ELKNU_Lihula_Rajoonikomitee, lk 7
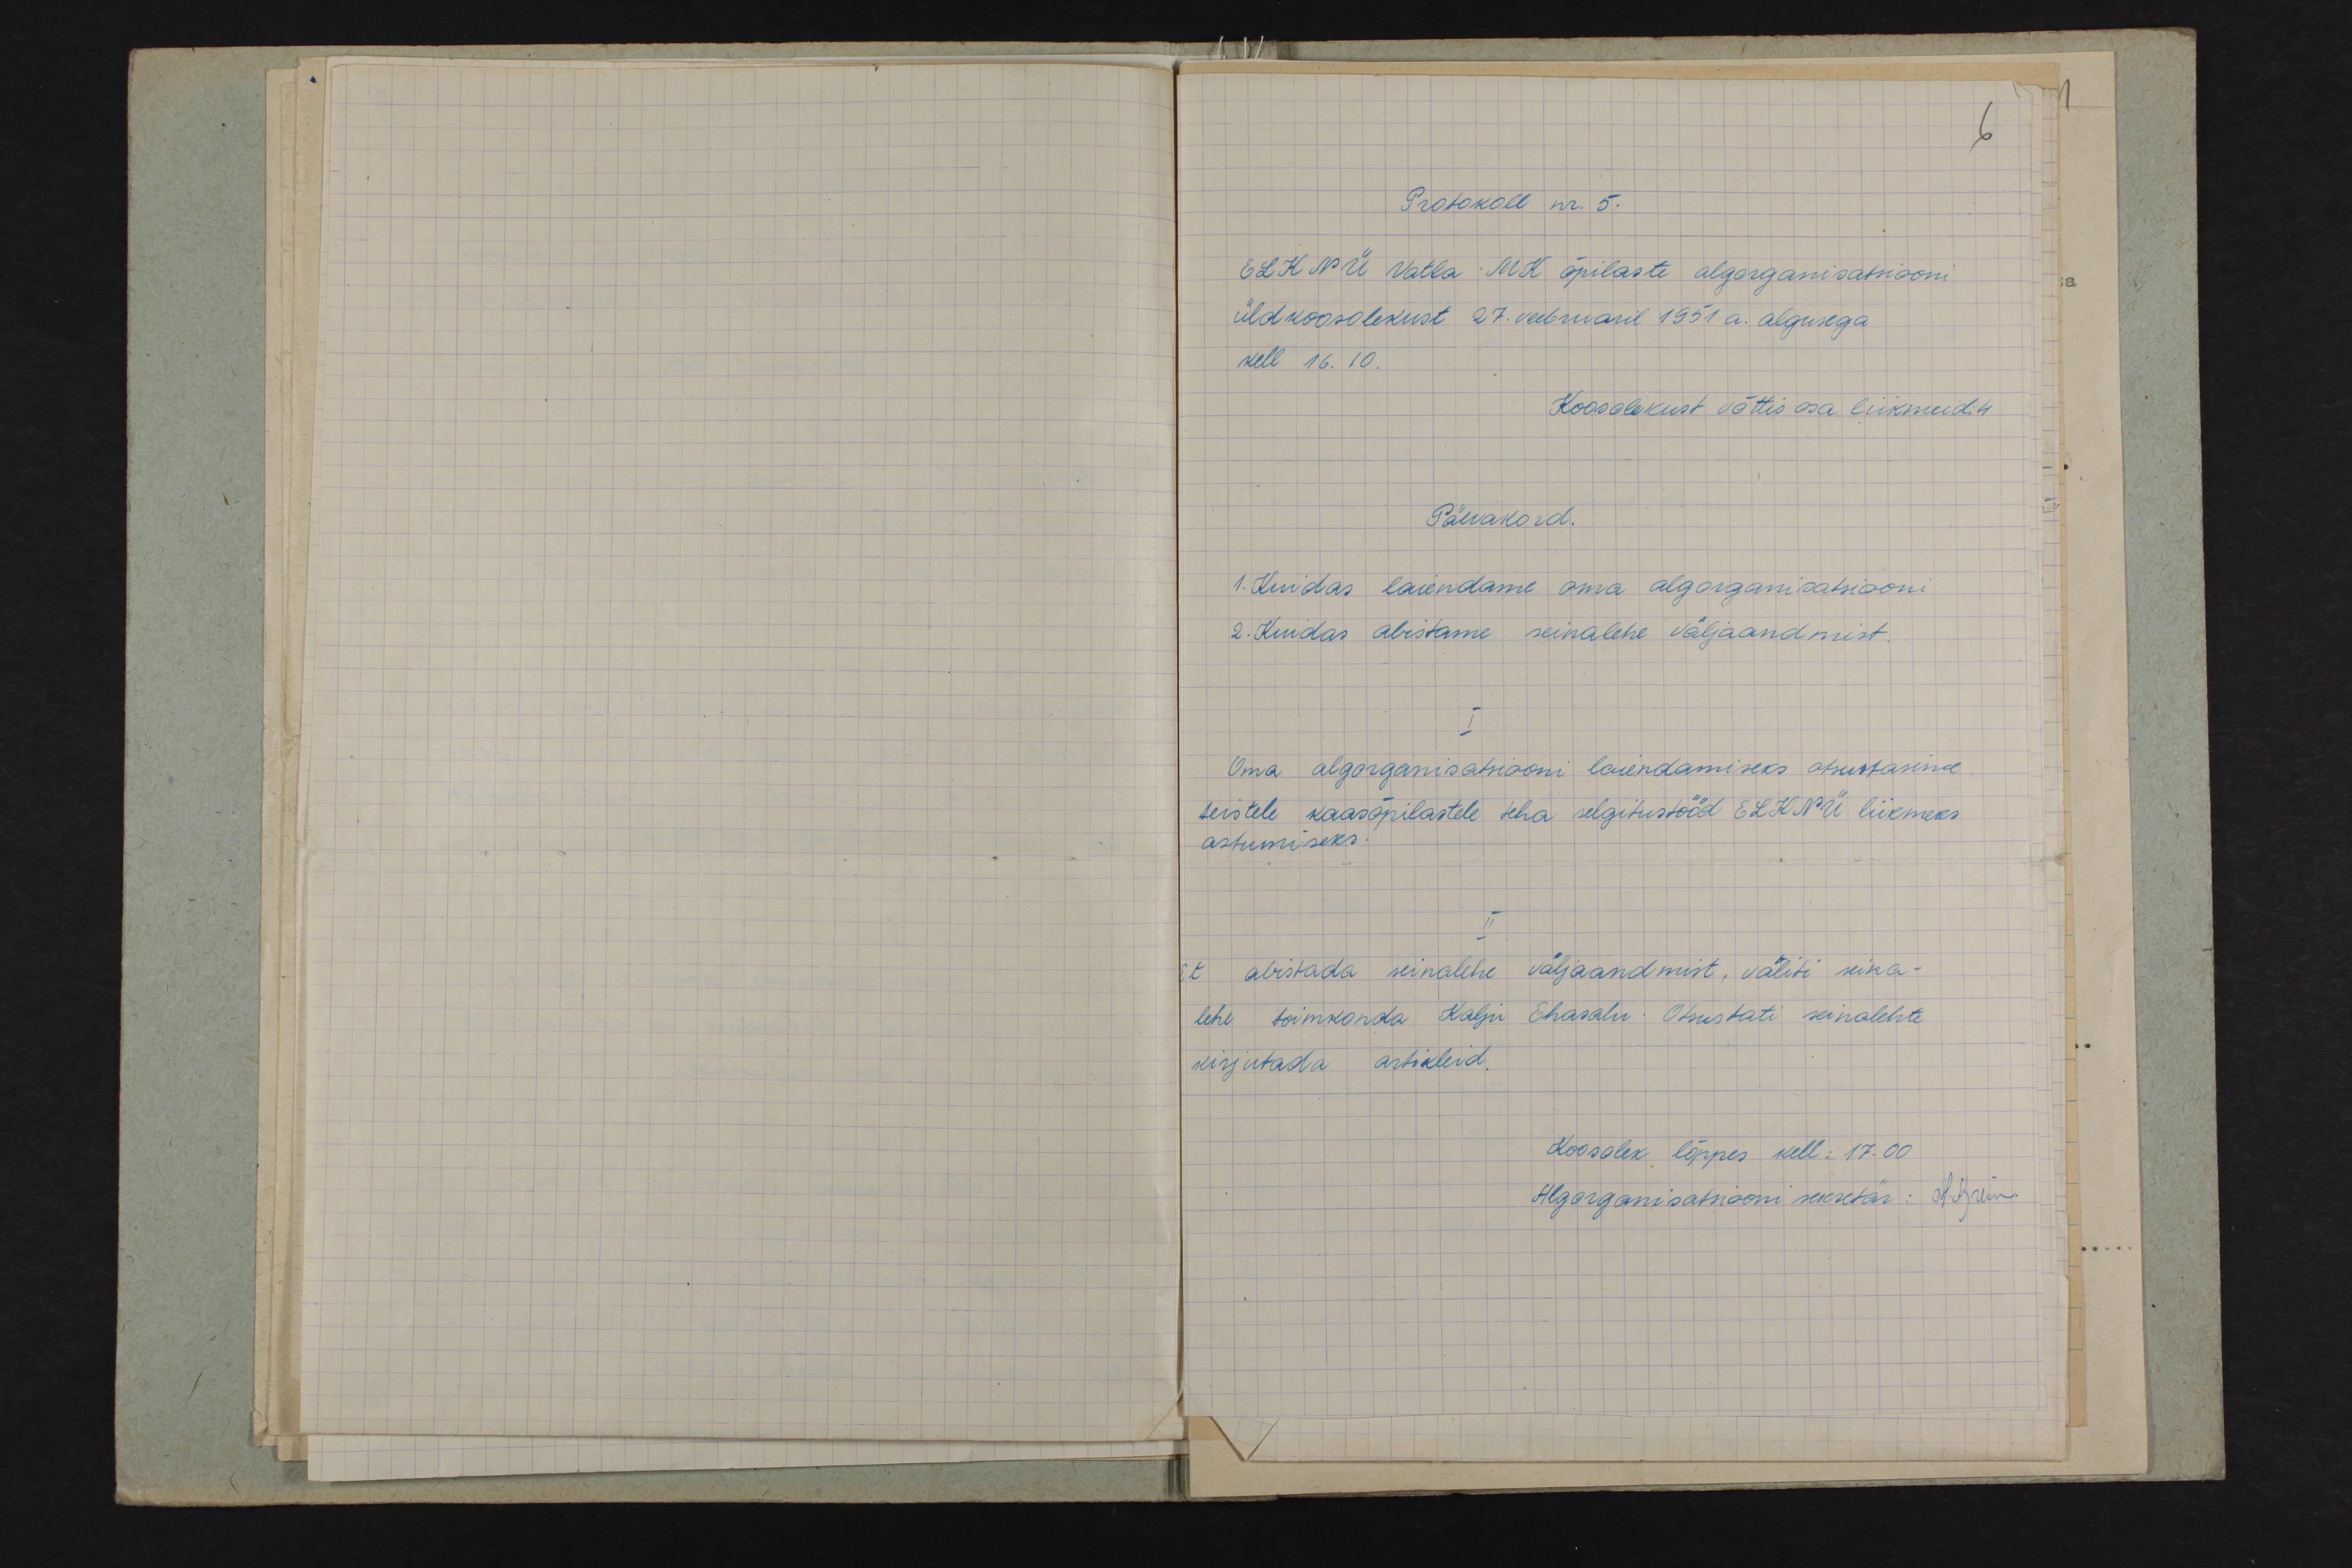
6
Protokoll nr. 5.
ELKNÜ Vatla MK õpilaste algorganisatsiooni
üldkoosolekust 27. veebruaril 1951.a. algusega
kell 16.10.
Koosolekust võttis osa liikmeid: 4
Päevakord.
1. Kuidas laiendame oma algorganisatsiooni
2. Kuidas abistame seinalehe väljaandmist.
I
Oma algorganisatsiooni laiendamiseks otsustasime
teistele kaasõpilastele teha selgitustööd ELKNÜ liikmeks
astumiseks.
II
Et abistada seinalehe väljaandmist, valiti seina-
lehe toimkonda Kalju Ehavalu Otsustati seinalelehte
kirjutada artikleid.
Koosolek lõppes kell: 17.00
Algorganisatsiooni sekretär: N. Arun